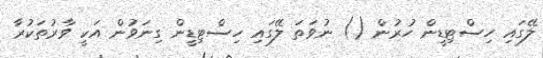
ލޭގައި ހިސްޓިޑީން ހުރުން () ނުވަތަ ލޭގައި ހިސްޓިޑީން ގިނަވުން އަކީ ވާރުތަކުރާ